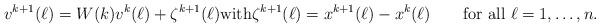
LaTeX: \begin{align*} v^{k+1}(\ell) = W(k)v^k(\ell) + \zeta^{k+1}(\ell) \hbox{with} \zeta^{k+1}(\ell)=x^{k+1}(\ell) - x^k (\ell) \qquad\hbox{for all }\ell=1,\ldots,n.\end{align*}